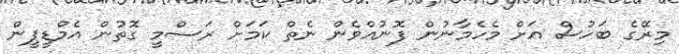
މިރޭގެ ބަހުސް އަށް މެހެމާނުން ފޮނުއްވެން ނެތް ކަމަށް ރަސްމީ ގޮތުން އެމްޑީޕީން